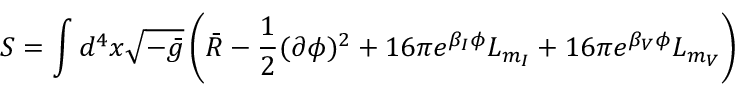
S = \int d ^ { 4 } x \sqrt { - \bar { g } } \left( \bar { R } - \frac { 1 } { 2 } ( \partial \phi ) ^ { 2 } + 1 6 \pi e ^ { \beta _ { I } \phi } { \cal L } _ { m _ { I } } + 1 6 \pi e ^ { \beta _ { V } \phi } { \cal L } _ { m _ { V } } \right)